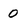
Character: 0